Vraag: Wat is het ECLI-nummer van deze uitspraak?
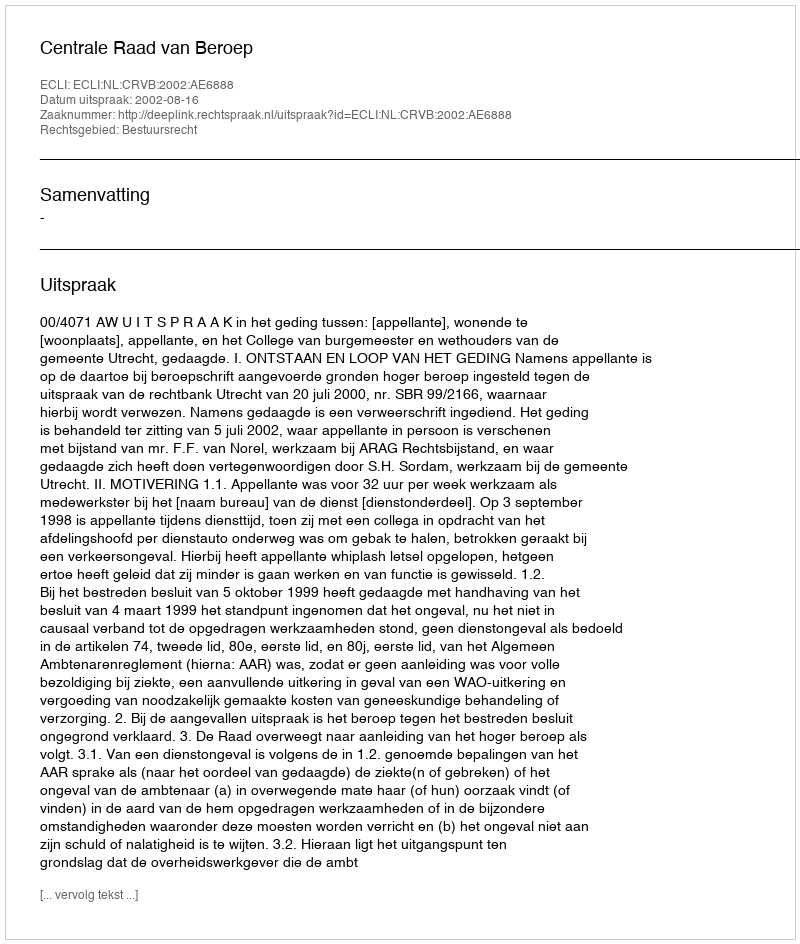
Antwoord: ECLI:NL:CRVB:2002:AE6888